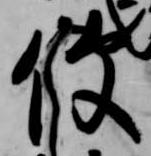
使